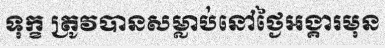
ទុក្ខ ត្រូវបានសម្លាប់នៅថ្ងៃអង្គារមុន